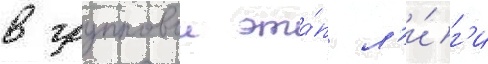
в групповои эта́п л'и́г'и